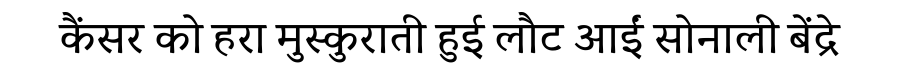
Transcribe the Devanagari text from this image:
कैंसर को हरा मुस्कुराती हुई लौट आईं सोनाली बेंद्रे